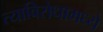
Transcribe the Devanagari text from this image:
त्याविरोधामध्ये